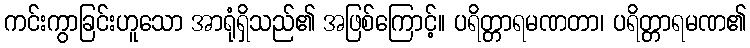
ကင်းကွာခြင်းဟူသော အာရုံရှိသည်၏ အဖြစ်ကြောင့်။ ပရိတ္တာရမဏတာ၊ ပရိတ္တာရမဏ၏